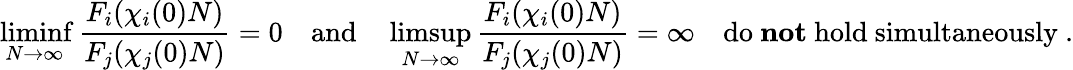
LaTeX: \operatorname*{liminf}_{N\to\infty}\frac{F_{i}(\chi_{i}(0)N)}{F_{j}(\chi_{j}(0)N)}=0\quad\mathrm{and}\quad\operatorname*{limsup}_{N\to\infty}\frac{F_{i}(\chi_{i}(0)N)}{F_{j}(\chi_{j}(0)N)}=\infty\quad\mathrm{do~\textbf{not}~hold~simultaneously}\ .